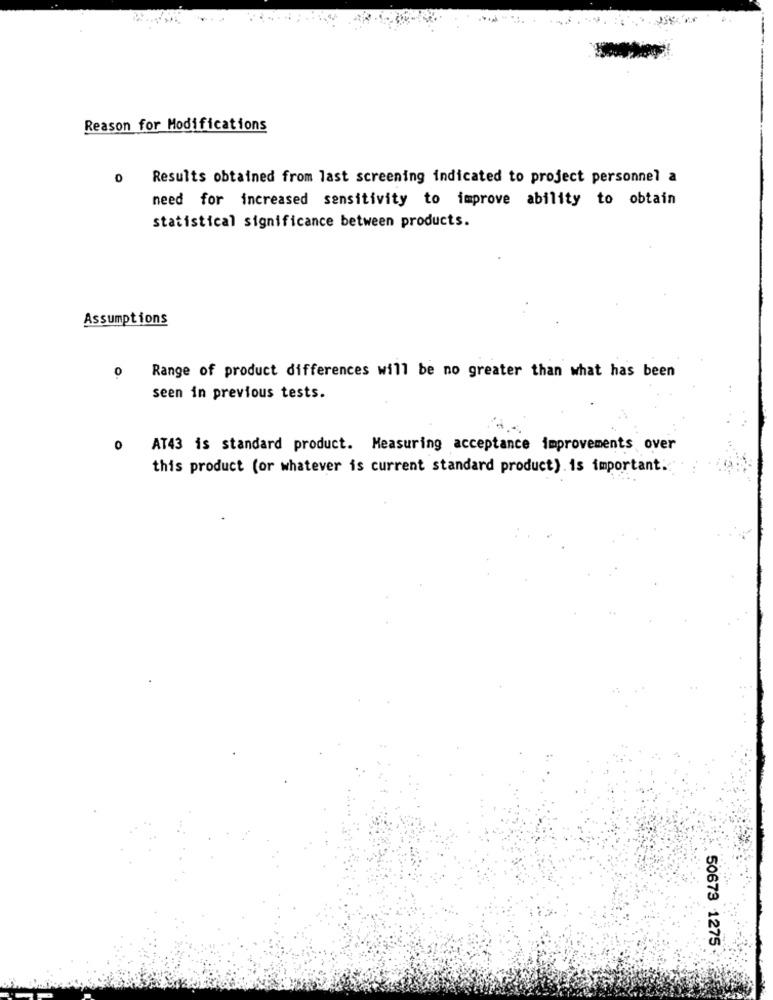
Reason for Modifications
Results obtained from last screening indicated to project personnel a
need for increased sensitivity to improve ability to obtain
statistical significance between products.
Assumptions
0
Range of product differences will be no greater than what has been
seen in previous tests.
0
AT43 is standard product. Measuring acceptance improvements over
this product (or whatever is current standard product).is important.
50673 1275